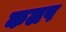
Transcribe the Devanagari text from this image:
कलप